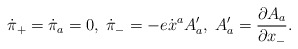
\begin{align*}\dot{\pi}_{+}=\dot{\pi}_{a}=0,\;\dot{\pi}_{-}=-e\dot{x}^{a}A_{a}',\;A_{a}'=\frac{\partial A_{a}}{\partial x_{-}}. \end{align*}